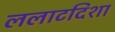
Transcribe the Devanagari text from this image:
ललाटदिशा